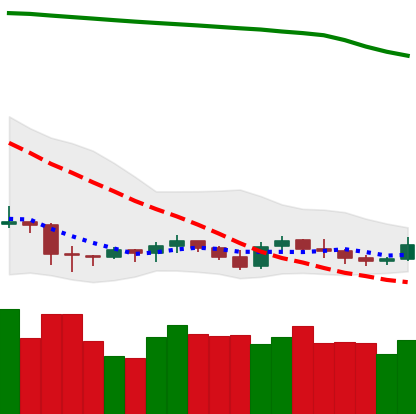
Ticker: XRP-USD
Chart end date: 2019-09-14
Forward return: 15.804%
Label: up_7plus